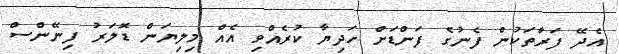
އެދޭ ފަރާތަކުން ފެނުގެ ފަންޑަށް ހަދިޔާ ކުރެއްވި އެއް މިލިޔަން ޑޮލަރު ފިނޭންސް